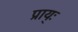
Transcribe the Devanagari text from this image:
प्राय्ः